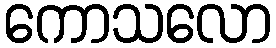
ကောသလော